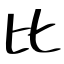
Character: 比